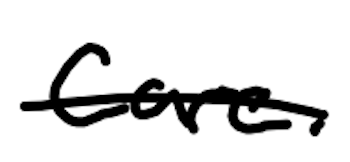
Text: care.
Cross-out: single-line
Writing tool: digital_black